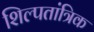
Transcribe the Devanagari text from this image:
शिल्पतांत्रिक